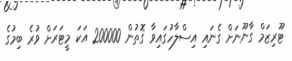
ޓޫރިޒަމް ގާނޫނަށް ގެނައި އިސްލާހުގައިވާ ގޮތުން 200000 އަކަ މީޓަރަށް ވުރެ ބިމުގެ